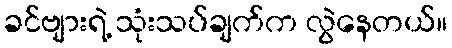
ခင်ဗျားရဲ့ သုံးသပ်ချက်က လွဲနေတယ်။